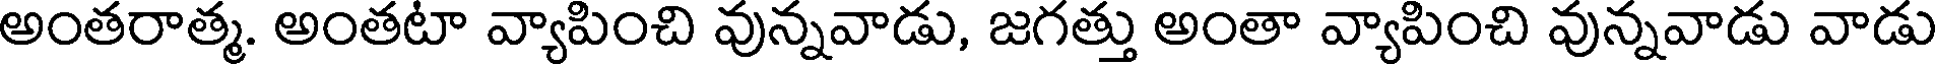
అంతరాత్మ. అంతటా వ్యాపించి వున్నవాడు, జగత్తు అంతా వ్యాపించి వున్నవాడు వాడు